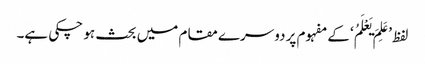
لفظ ’عَلِمَ یَعْلَمُ‘ کے مفہوم پر دوسرے مقام میں بحث ہو چکی ہے۔